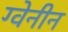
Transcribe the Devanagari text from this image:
ग्वेनीन